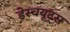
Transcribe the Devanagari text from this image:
डेस्चयूट्स